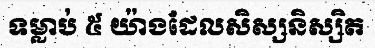
ទម្លាប់ ៥ យ៉ាងដែលសិស្សនិស្សិត